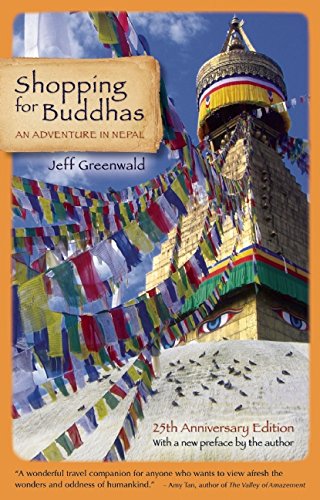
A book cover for Shopping for Buddhas: An Adventure in Nepal; Jeff Greenwald; Travel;